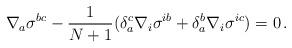
LaTeX: \begin{align*}\nabla_a\sigma^{bc}-\frac{1}{N+1}(\delta^c_a\nabla_i\sigma^{ib} + \delta^b_a\nabla_i\sigma^{ic} )=0\,.\end{align*}